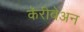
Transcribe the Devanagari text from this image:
कॅरीबेअन